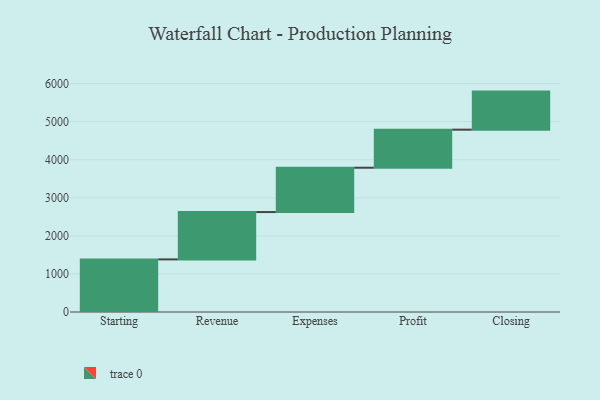
{"axis": {"x": "Step", "y": "Value"}, "legend": [""], "data": [{"x": "Starting", "y": 1382.0, "type": ""}, {"x": "Revenue", "y": 1244.0, "type": ""}, {"x": "Expenses", "y": 1165.0, "type": ""}, {"x": "Profit", "y": 1000, "type": ""}, {"x": "Closing", "y": 1000, "type": ""}]}